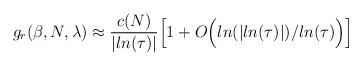
LaTeX: \begin{align*}g_r(\beta,N,\lambda) \approx \frac{c(N)} {\vert ln(\tau)\vert}\Big[ 1 + O\Big( ln(\vert ln(\tau)\vert)/ln(\tau)\Big)\Big] \end{align*}